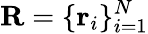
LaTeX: \mathbf{R}=\{ \mathbf{r}_{i}\} _{i=1}^{N}